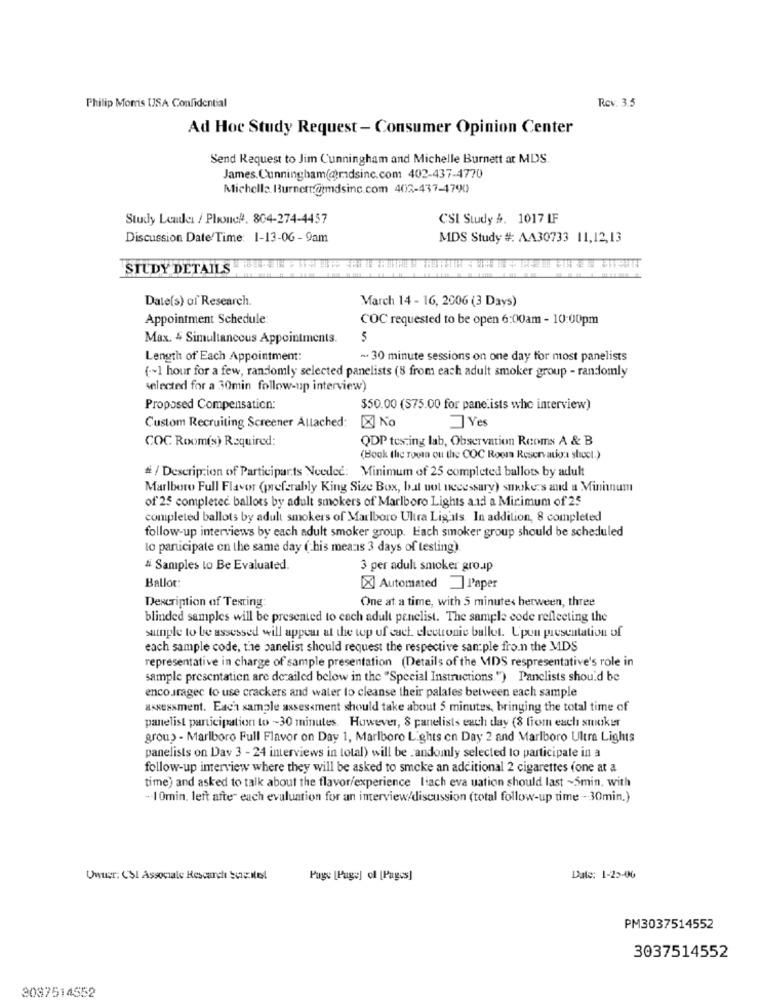
Rev. 3.5
Philip Morris USA Confidential
Ad Hoc Study Request - Consumer Opinion Center
Send Request to Jim Cunningham and Michelle Burnett at MDS.
James Cunningham(@rdsinc.com 402-437-4770
Michelle, Burner.@tmdsinc.com 402-437-4790
Study Leader / Phone#. 804-274-4457
CSI Study &. 1017 IF
Discussion Date/Time: 1-13-06-9am
MDS Study #: AA30733 11,12,13
STUDY DETAILS
Date(s) of Research.
March 14 - 16, 2006 (3 Days)
Appointment Schedule:
COC requested to be open 6:00am - 10:00pm
Max. 4 Simultaneous Appointments.
5
Length of Each Appointment:
- 30 minute sessions on one day for most panelists
(~1 hour for a few, randomly selected panelists (8 from each adult smoker group - randomly
selected for a 30min follow-up interview)
Proposed Compensation:
$50.00 (S75.00 for pane ists who interview)
Custom Recruiting Screener Allached: [X] No
Yes
COC Room(s) Required:
QDP testing lab, Observation Rooms A & B
(Book the roota ou the COC Rooma Reservatiga shocl.)
# / Description of Participar.ts Needed: Minimum of 25 completed ballots by adult
Marlboro Full Flavor (preferably King Size Box, but not necessary) smokers and a Mininum
of 25 completed ballots by adult smokers of Marlboro Lights and a Minimum of 25
completed ballots by adult smokers of Marlboro Ultra Ligals. In addition, 8 completed
follow-up interviews by each adult smoker group. Each smoker group should be scheduled
to participate on the same day ( his means 3 days of testing)
# Samples to Be Evaluated.
3 per adult smoker group
Ballot:
[X] Automated Paper
One at a time, with 5 minutes berween, three
Description of Testing:
blinded samples will be presented to cach adult penclist. The sample code reflecting the
sample to be assessed will appear at the top of cach electronic ballet. Upon presentation of
each sample code, the panelist should request the respective san ple fro.n the MDS
representative in charge of sample presentation (Details of the MDS respresentative's role in
sample presentatien are derailed below in the "Special Instructions.") Panelists should be
encouragec to use crackers and water to cleanse their palates between each sample
assessment. Each sample assessment should take about 5 minutes, bringing the total time of
panelist participation to ~30 minutes. However, 8 panelists each day (8 from each stoker
group - Marlboro Full Flavor on Day 1, Marlboro Lights en Day 2 and Marlboro Ultra Lights
panelists on Day 3 - 24 interviews in total) will be _andomly selected to participate in a
follow-up interview where they will be asked to smoke an additional 2 cigarettes (one at a
time) and asked to talk about the flavor/experience lach eva uation should last ~5min. with
-- 10min. left after each evaluation for an interview/discussion (total follow-up time -30min.)
Unter: (SI Associale Rescarch Social
Page [Page] of [Pages]
Date: 1-25-00
PM3037514552
3037514552
2037514552